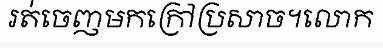
រត់ចេញមកក្រៅប្រសាច។លោក